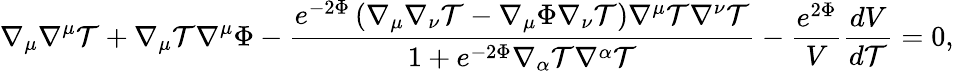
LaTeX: \nabla_{\mu}\nabla^{\mu}\mathcal{T}+\nabla_{\mu}\mathcal{T}\nabla^{\mu}\Phi-\frac{{e^{-2\Phi}\left(\nabla_{\mu}\nabla_{\nu}\mathcal{T}-\nabla_{\mu}\Phi\nabla_{\nu}\mathcal{T}\right)\nabla^{\mu}\mathcal{T}\nabla^{\nu}\mathcal{T}}}{{1+e^{-2\Phi}\nabla_{\alpha}\mathcal{T}\nabla^{\alpha}\mathcal{T}}}-\frac{{e^{2\Phi}}}{{V}}\frac{{dV}}{{d\mathcal{T}}}=0,